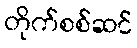
တိုက်စစ်ဆင်